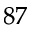
^ { 8 7 }